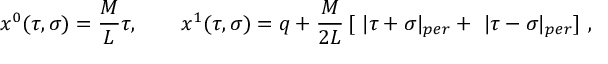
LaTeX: x ^ { 0 } ( \tau , \sigma ) = \frac M L \tau , \quad \quad x ^ { 1 } ( \tau , \sigma ) = q + \frac M { 2 L } \, [ \ | \tau + \sigma | _ { p e r } + \ | \tau - \sigma | _ { p e r } ] \ ,